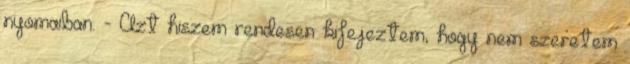
nyomaiban. - Azt hiszem rendesen kifejeztem, hogy nem szeretem